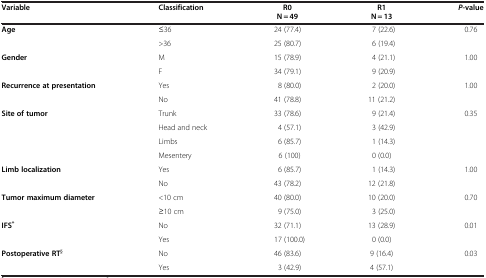
| Variable | Classification | R0 N = 49 | R1 N = 13 | P-value |
 | --- | --- | --- | --- | --- |
 | Age | ≤36 | 24 (77.4) | 7 (22.6) | 0.76 |
 |  | >36 | 25 (80.7) | 6 (19.4) |  |
 | Gender | M | 15 (78.9) | 4 (21.1) | 1.00 |
 |  | F | 34 (79.1) | 9 (20.9) |  |
 | Recurrence at presentation | Yes | 8 (80.0) | 2 (20.0) | 1.00 |
 |  | No | 41 (78.8) | 11 (21.2) |  |
 | Site of tumor | Trunk | 33 (78.6) | 9 (21.4) | 0.35 |
 |  | Head and neck | 4 (57.1) | 3 (42.9) |  |
 |  | Limbs | 6 (85.7) | 1 (14.3) |  |
 |  | Mesentery | 6 (100) | 0 (0.0) |  |
 | Limb localization | Yes | 6 (85.7) | 1 (14.3) | 1.00 |
 |  | No | 43 (78.2) | 12 (21.8) |  |
 | Tumor maximum diameter | <10 cm | 40 (80.0) | 10 (20.0) | 0.70 |
 |  | ≥10 cm | 9 (75.0) | 3 (25.0) |  |
 | IFS* | No | 32 (71.1) | 13 (28.9) | 0.01 |
 |  | Yes | 17 (100.0) | 0 (0.0) |  |
 | Postoperative RT§ | No | 46 (83.6) | 9 (16.4) | 0.03 |
 |  | Yes | 3 (42.9) | 4 (57.1) |  |